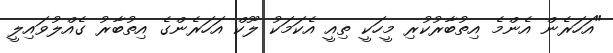
"އަހަރެން އެންމެ އިތުބާރުކުރި މީހަކީ ތިއީ އެކަމަކު ލޫކް އަހަރެންގެ އިތުބާރު ގެއްލުވައިލީ